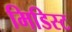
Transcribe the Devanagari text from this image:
मिडिस्ट